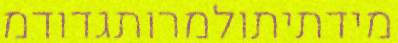
מידתיתולמרותגדודמ